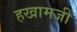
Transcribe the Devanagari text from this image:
हखामजी